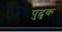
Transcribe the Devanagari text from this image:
पुढुक